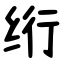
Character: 绗